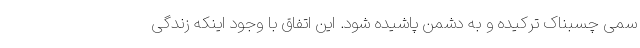
سمی چسبناک ترکیده و به دشمن پاشیده شود. این اتفاق با وجود اینکه زندگی